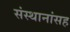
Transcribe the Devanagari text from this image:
संस्थानांसह